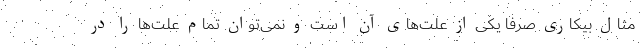
مثال بیکاری صرفا یکی از علت‌های آن است و نمی‌توان تمام علت‌ها را در